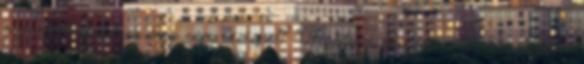
a zárójelentésemen meg nem szerepel? Motilium szedése majd menstruáció